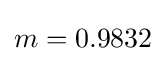
m=0.9832